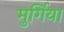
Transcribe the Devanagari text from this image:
मुर्गिया